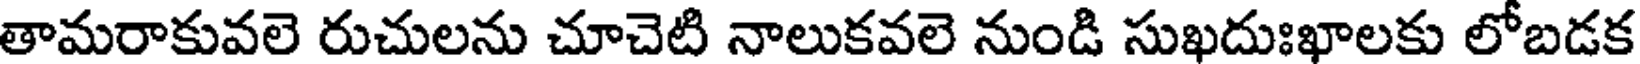
తామరాకువలె రుచులను చూచెటి నాలుకవలె నుండి సుఖదుఃఖాలకు లోబడక